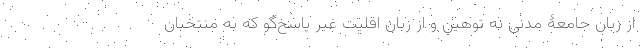
از زبان جامعۀ مدنی نه توهین و از زبان اقلیت غیر پاسخ‌گو که به منتخبان